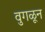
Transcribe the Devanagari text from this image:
वुगळून